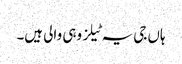
ہاں جی یہ ٹیلز وہی والی ہیں۔